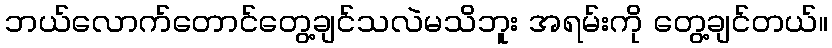
ဘယ်လောက်တောင်တွေ့ချင်သလဲမသိဘူး အရမ်းကို တွေ့ချင်တယ်။